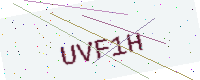
Text: UVF1H